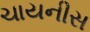
ચાયનીસ